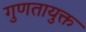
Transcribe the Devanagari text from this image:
गुणतायुक्त